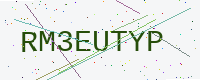
Text: RM3EUTYP